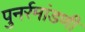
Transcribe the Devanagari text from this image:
पुनर्रमांडणी